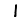
Digit: 1